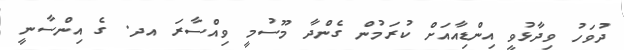
ދުވަހު ވިދާޅުވީ އިންޑިއާއަށް ކުރަމުން ގެެންދާ މޫސުމީ ވިއްސާރަ އދ. ގެ އިންސާނީ